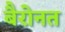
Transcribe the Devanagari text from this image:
बैरोनत